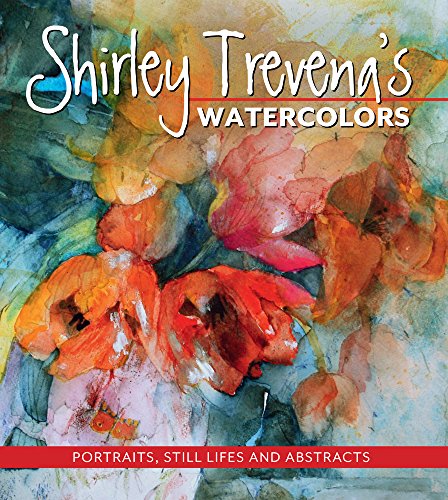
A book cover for Shirley Trevena's Watercolors; Shirley Trevena; Reference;